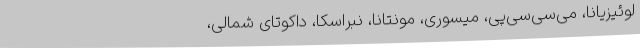
لوئیزیانا، می‌سی‌سی‌پی، میسوری، مونتانا، نبراسکا، داکوتای شمالی،